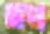
তপ